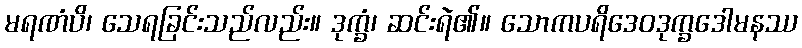
မရဏံပိ၊ သေရခြင်းသည်လည်း။ ဒုက္ခံ၊ ဆင်းရဲ၏။ သောကပရိဒေဝဒုက္ခဒေါမနဿ